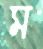
ম